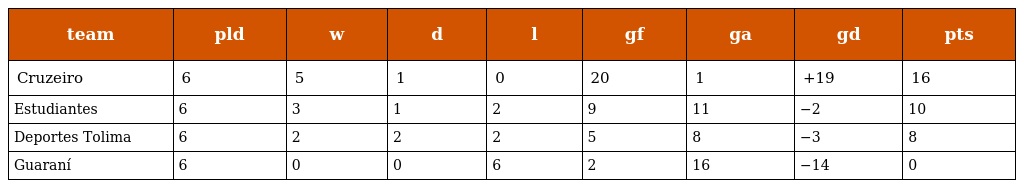
| team | pld | w | d | l | gf | ga | gd | pts |
 | --- | --- | --- | --- | --- | --- | --- | --- | --- |
 | Cruzeiro | 6 | 5 | 1 | 0 | 20 | 1 | +19 | 16 |
 | Estudiantes | 6 | 3 | 1 | 2 | 9 | 11 | −2 | 10 |
 | Deportes Tolima | 6 | 2 | 2 | 2 | 5 | 8 | −3 | 8 |
 | Guaraní | 6 | 0 | 0 | 6 | 2 | 16 | −14 | 0 |